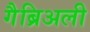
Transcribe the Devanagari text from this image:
गैब्रिअली